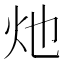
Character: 灺